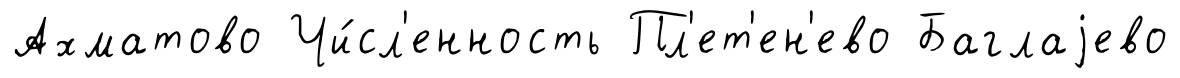
Ахматово Чи́сл'енность Пл'ет'ен'ево Баглаjево